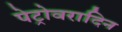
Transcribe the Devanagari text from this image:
पेट्रोवरादिन